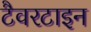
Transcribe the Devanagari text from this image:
टैवरटाइन